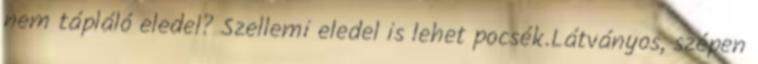
nem tápláló eledel? Szellemi eledel is lehet pocsék.Látványos, szépen